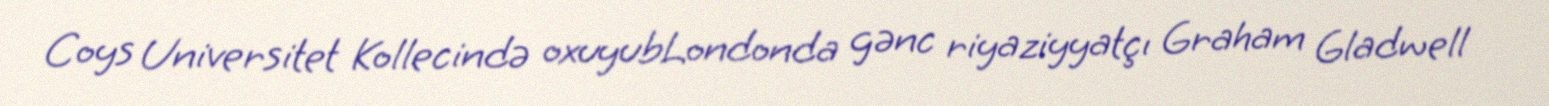
Coys Universitet Kollecində oxuyubLondonda gənc riyaziyyatçı Graham Gladwell